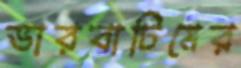
ভারবাটিমের